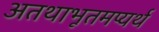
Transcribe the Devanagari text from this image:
अतथाभूतमप्यर्थ